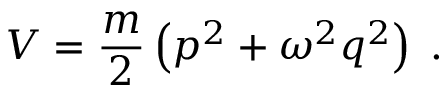
V = { \frac { m } { 2 } } \left( p ^ { 2 } + \omega ^ { 2 } q ^ { 2 } \right) \; .